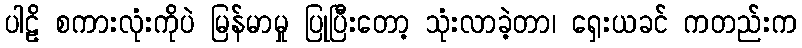
ပါဠိ စကားလုံးကိုပဲ မြန်မာမှု ပြုပြီးတော့ သုံးလာခဲ့တာ၊ ရှေးယခင် ကတည်းက